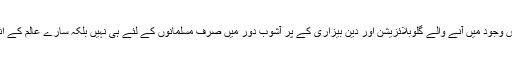
شیطانی بغاوتوں اور تثلیثی شرارتوں سے معرض وجود میں آنے والے گلوبلائزیشن اور دین بیزاری کے پر آشوب دور میں صرف مسلمانوں کے لئے ہی نہیں بلکہ سارے عالم کے انسانوں کیلئے سرچشمہ ہدایت اور مینارہ ٔنورہے۔